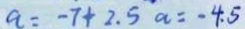
a = - 7 + 2 . 5 a = - 4 . 5